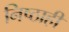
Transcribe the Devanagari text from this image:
निष्ठाही